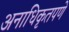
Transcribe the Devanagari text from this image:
अनाधिकृतपणे